NAE_ERA_R-1765_ENSV_Kirjanike_Liit_1945-1955, lk 8
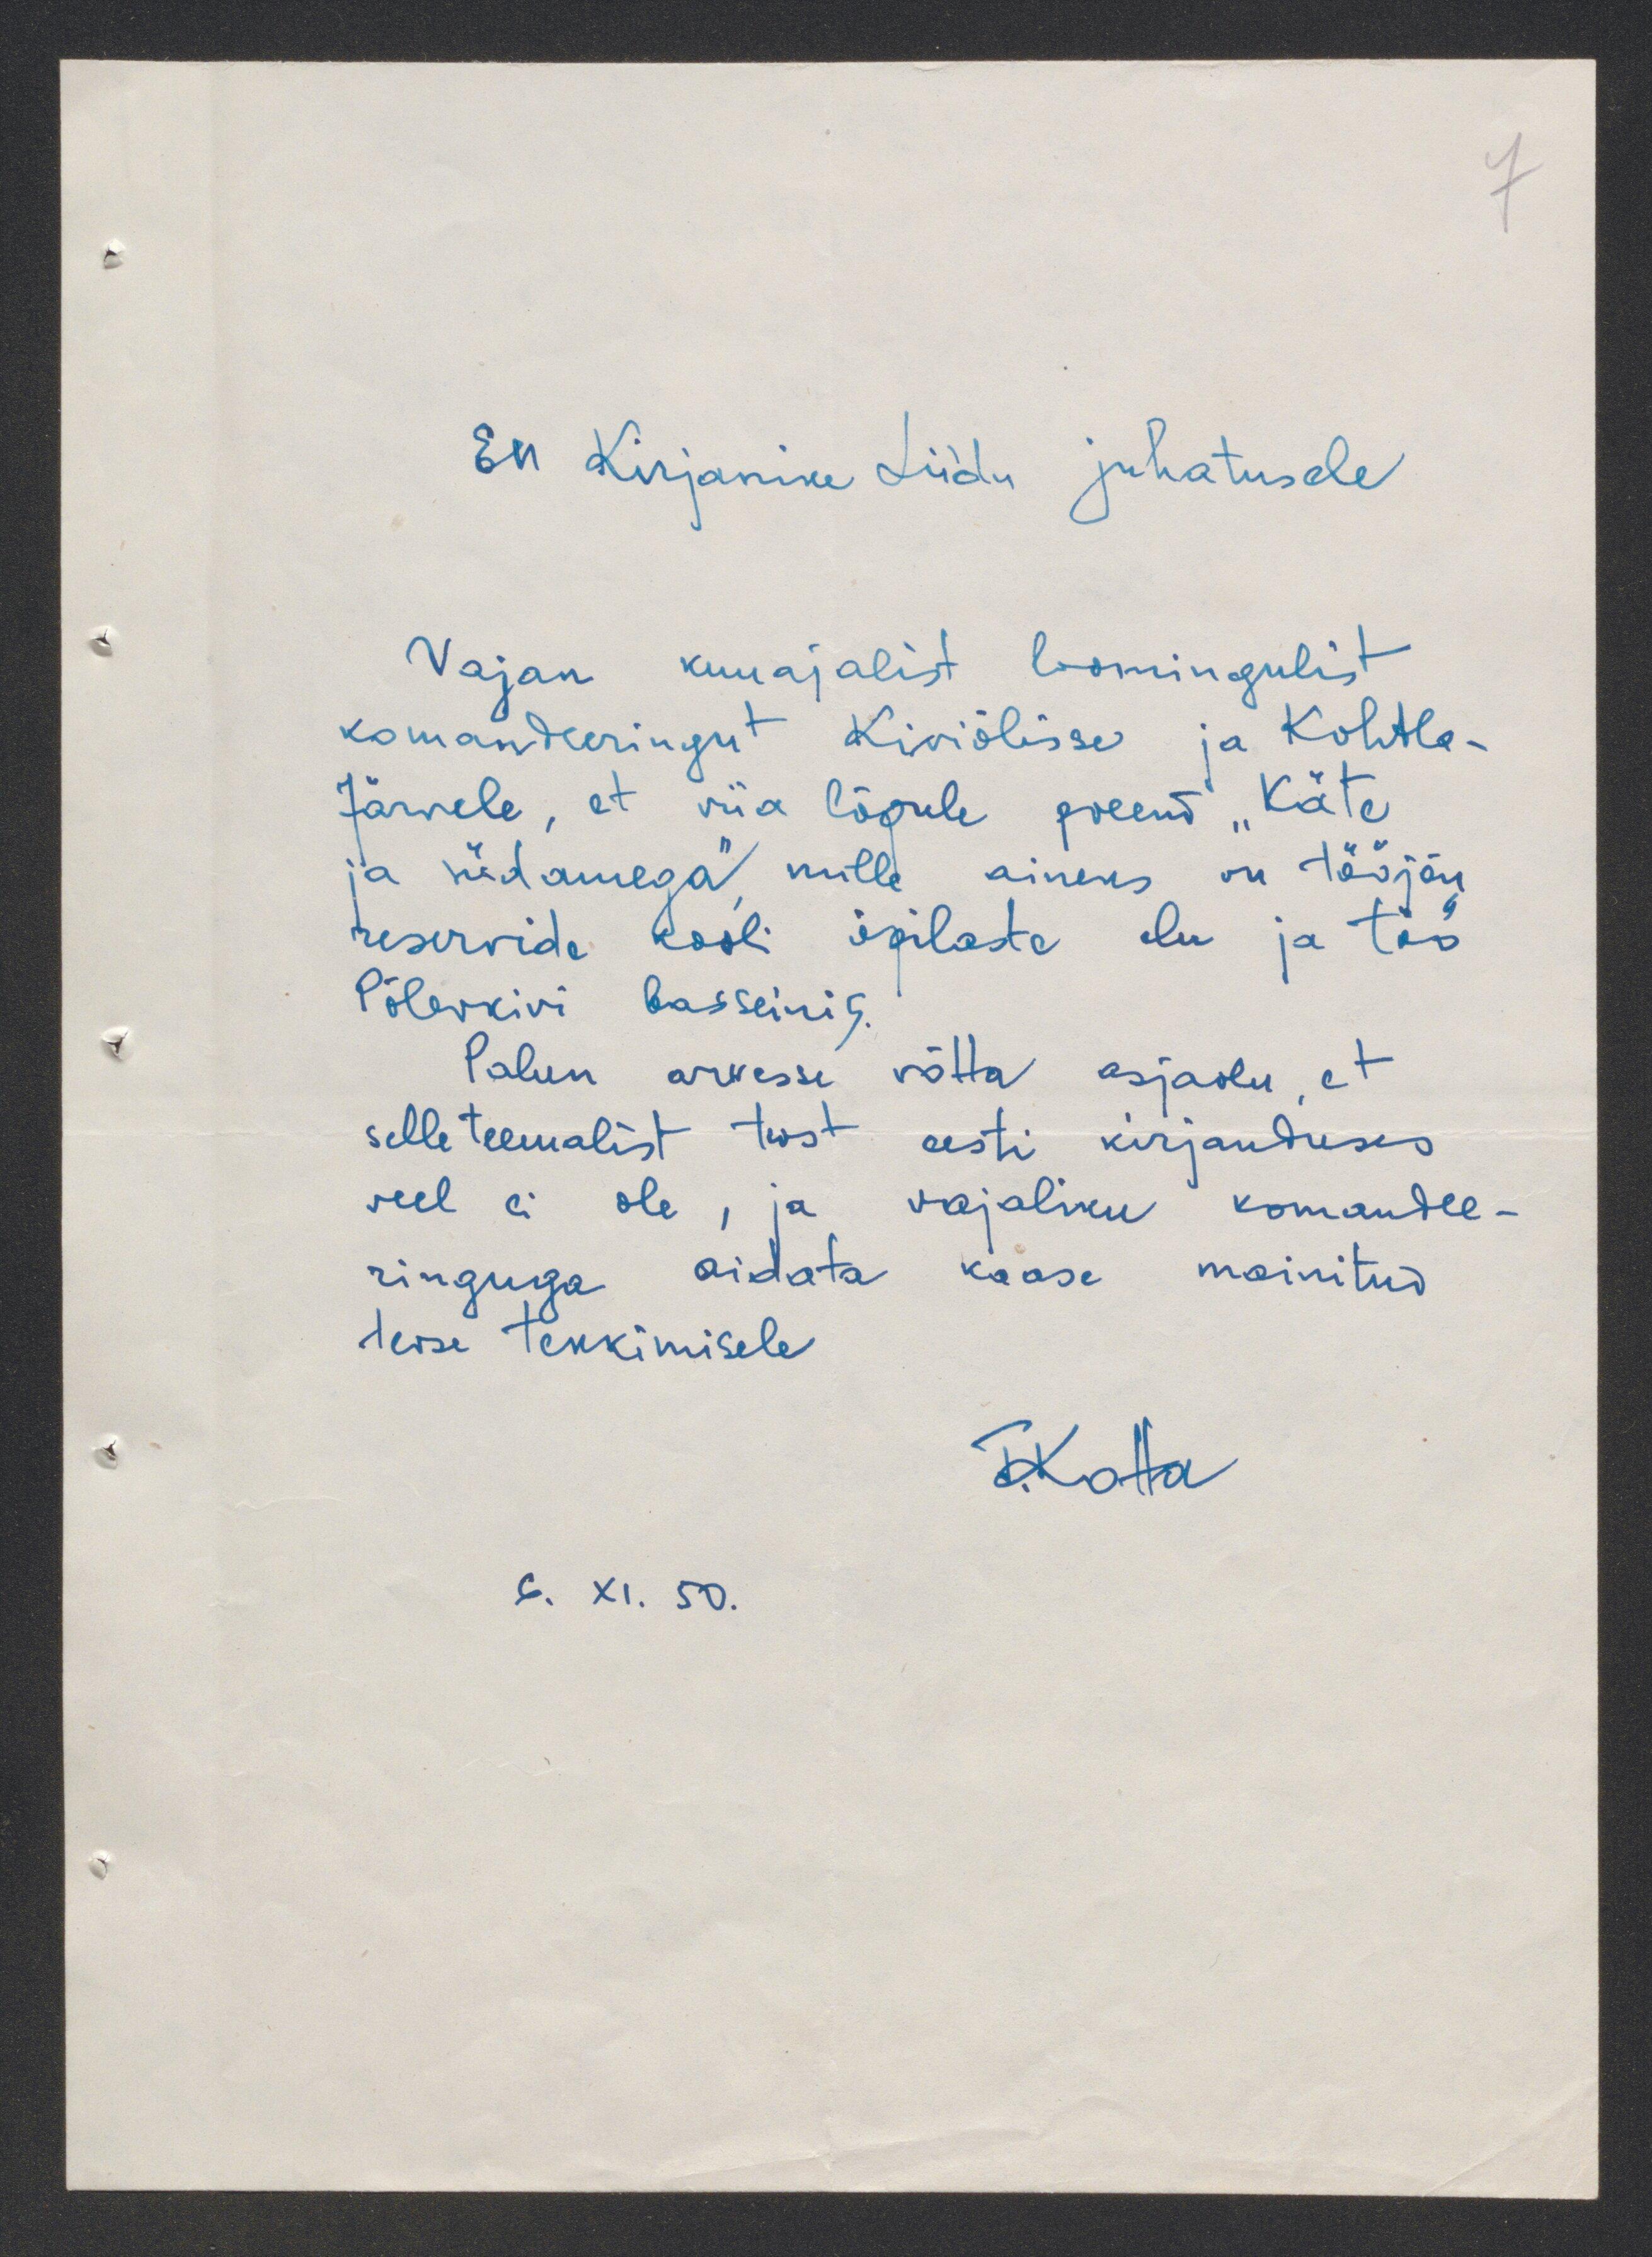
EN Kirjanike Liidu juhatusele
Vajan kuuajalist loomingulist
komandeeringu Kiviölisse ja Kohtla-
Järvele, et viia lõpule poeem "Käte
ja südamega" mille aineks on tööjõu
reservide kooli õpilaste elu ja töö
Põlevkivi basseinis.
Palun arvesse võtta asjaolu, et
selle teemalist teost eesti kirjanduses
veel ei ole, ja vajaliku komandee-
ringuga aidata kaasa mainitud
teose tekkimisele
6. XI. 50.